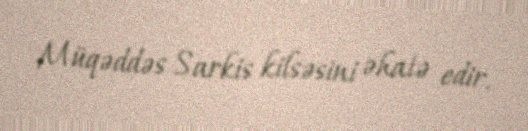
Müqəddəs Sarkis kilsəsini əhatə edir.